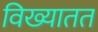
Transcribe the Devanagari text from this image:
विख्यातत